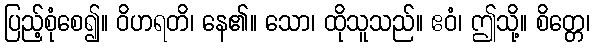
ပြည့်စုံစေ၍။ ဝိဟရတိ၊ နေ၏။ သော၊ ထိုသူသည်။ ဧဝံ၊ ဤသို့။ စိတ္တေ၊